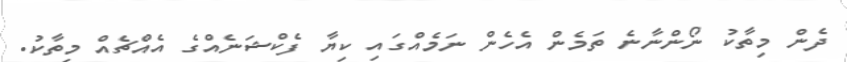
ދެން މިތާކު ނޯންނާނެ ތަމެން އެހެން ނަމެއްގައި ކިޔާ ފެކްޝަނެއްގެ އެއްޗެއް މިތާކު.